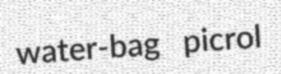
water-bag picrol